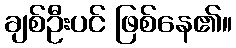
ချစ်ဦးပင် ဖြစ်နေ၏။